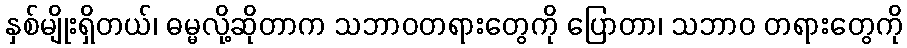
နှစ်မျိုးရှိတယ်၊ ဓမ္မလို့ဆိုတာက သဘာဝတရားတွေကို ပြောတာ၊ သဘာဝ တရားတွေကို